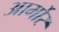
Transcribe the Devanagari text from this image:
आर्मोर